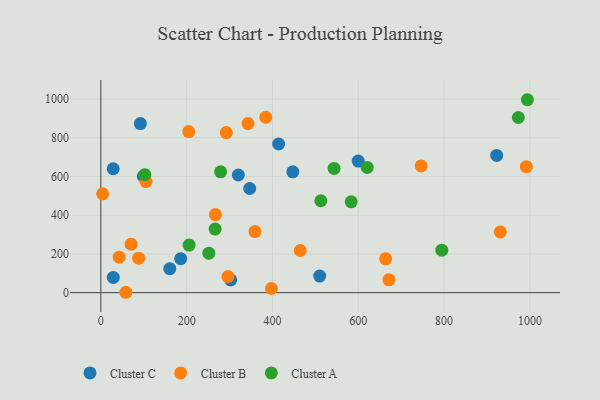
{"axis": {"x": "Distance", "y": "Profit"}, "legend": ["Cluster A", "Cluster B", "Cluster C"], "data": [{"x": "28.9", "y": 639.8, "type": "Cluster C"}, {"x": "320.4", "y": 607.6, "type": "Cluster C"}, {"x": "302.6", "y": 65.7, "type": "Cluster C"}, {"x": "346.9", "y": 538.0, "type": "Cluster C"}, {"x": "414.4", "y": 767.6, "type": "Cluster C"}, {"x": "186.1", "y": 175.6, "type": "Cluster C"}, {"x": "29.1", "y": 78.8, "type": "Cluster C"}, {"x": "160.7", "y": 123.9, "type": "Cluster C"}, {"x": "599.8", "y": 679.3, "type": "Cluster C"}, {"x": "92.1", "y": 872.9, "type": "Cluster C"}, {"x": "99.1", "y": 601.1, "type": "Cluster C"}, {"x": "510.0", "y": 85.6, "type": "Cluster C"}, {"x": "922.5", "y": 708.8, "type": "Cluster C"}, {"x": "447.4", "y": 624.0, "type": "Cluster C"}, {"x": "204.9", "y": 831.8, "type": "Cluster B"}, {"x": "70.6", "y": 250.2, "type": "Cluster B"}, {"x": "296.3", "y": 83.1, "type": "Cluster B"}, {"x": "671.4", "y": 66.2, "type": "Cluster B"}, {"x": "292.4", "y": 826.7, "type": "Cluster B"}, {"x": "991.6", "y": 650.3, "type": "Cluster B"}, {"x": "384.3", "y": 905.8, "type": "Cluster B"}, {"x": "42.8", "y": 183.4, "type": "Cluster B"}, {"x": "397.6", "y": 21.5, "type": "Cluster B"}, {"x": "930.9", "y": 313.6, "type": "Cluster B"}, {"x": "464.6", "y": 217.7, "type": "Cluster B"}, {"x": "58.3", "y": 2.1, "type": "Cluster B"}, {"x": "105.4", "y": 573.6, "type": "Cluster B"}, {"x": "359.1", "y": 315.3, "type": "Cluster B"}, {"x": "663.7", "y": 174.7, "type": "Cluster B"}, {"x": "267.0", "y": 403.5, "type": "Cluster B"}, {"x": "4.2", "y": 510.3, "type": "Cluster B"}, {"x": "746.5", "y": 654.6, "type": "Cluster B"}, {"x": "88.1", "y": 178.2, "type": "Cluster B"}, {"x": "343.0", "y": 873.1, "type": "Cluster B"}, {"x": "266.3", "y": 328.3, "type": "Cluster A"}, {"x": "994.0", "y": 996.2, "type": "Cluster A"}, {"x": "102.4", "y": 609.0, "type": "Cluster A"}, {"x": "543.5", "y": 641.6, "type": "Cluster A"}, {"x": "279.2", "y": 624.1, "type": "Cluster A"}, {"x": "972.9", "y": 904.5, "type": "Cluster A"}, {"x": "794.6", "y": 219.5, "type": "Cluster A"}, {"x": "251.7", "y": 203.9, "type": "Cluster A"}, {"x": "583.4", "y": 469.0, "type": "Cluster A"}, {"x": "512.7", "y": 474.5, "type": "Cluster A"}, {"x": "205.7", "y": 245.7, "type": "Cluster A"}, {"x": "620.8", "y": 646.6, "type": "Cluster A"}]}